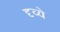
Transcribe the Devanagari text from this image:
दृव्ये